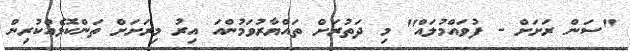
"ސަން ރަށަށް - ފުވައްމުލައް" މި ދަތުރަށް ތައްޔާރުވަމުންއަ އިރު މިރަށަށް ތަންކޮޅެއްކުރިން